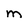
Character: M